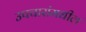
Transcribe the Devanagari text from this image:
उपचारांमधील